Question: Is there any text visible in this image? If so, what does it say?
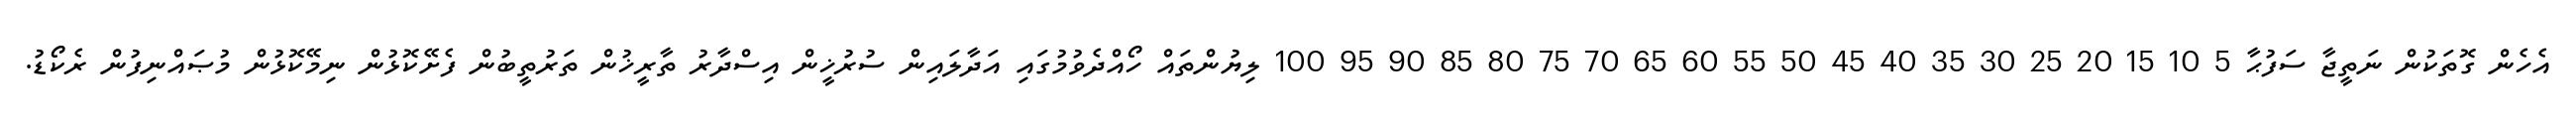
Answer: އެހެން ގޮތަކުން ނަތީޖާ ސަފުޙާ 5 10 15 20 25 30 35 40 45 50 55 60 65 70 75 80 85 90 95 100 ލިޔުންތައް ހޯއްދެވުމުގައި އަދާލައިން ސުރުޚީން އިސްދާރު ތާރީޚުން ތަރުތީބުން ފެށޭކޮޅުން ނިމޭކޮޅުން މުޞައްނިފުން ރެކޯޑު.